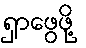
ရှာဖွေဖို့